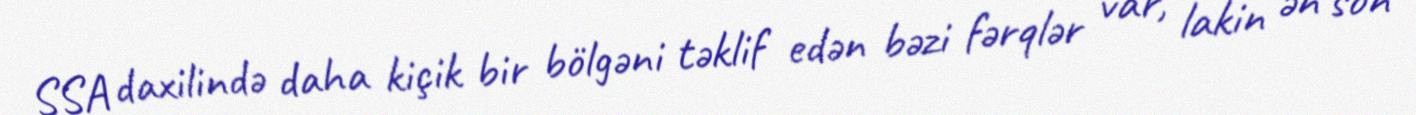
SSA daxilində daha kiçik bir bölgəni təklif edən bəzi fərqlər var, lakin ən son